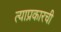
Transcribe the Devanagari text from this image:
त्याप्रकारची